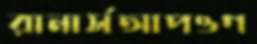
রানার্সআপওগ